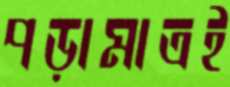
পড়ামাত্রই